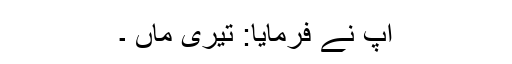
آپؐ نے فرمایا: تیری ماں ۔